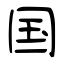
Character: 国